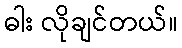
ဓါး လိုချင်တယ်။